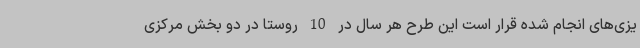
یزی‌های انجام شده قرار است این طرح هر سال در 10 روستا در دو بخش مرکزی